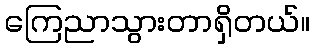
ကြေညာသွားတာရှိတယ်။